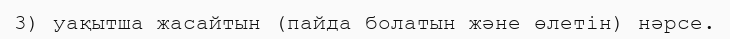
3) уақытша жасайтын (пайда болатын және өлетін) нәрсе.